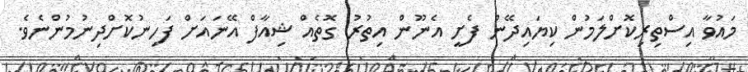
މައުވާ އިސްތިރިކޮށްލަމުން ކިޔައިދޭން ފެށީ އެނޫން އިތުރު ގޮތެއް ޝިއާފް އޭނައަށް ފަހިނުކޮށްދިނުމުންނެވެ.